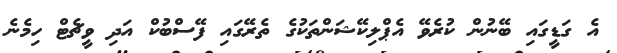
އެ ގަޑީގައި ބޭނުން ކުރެވޭ އެޕްލިކޭޝަންތަކުގެ ތެރޭގައި ފޭސްބުކް އަދި ވީޗެޓް ހިމެނެ